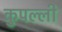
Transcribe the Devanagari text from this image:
कुपल्ली